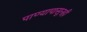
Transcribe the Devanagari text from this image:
पाण्यापासूनही